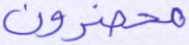
محضرون